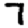
Digit: 7